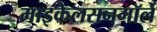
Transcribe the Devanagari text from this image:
माइकेलसनमॉर्ले